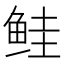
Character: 鲑